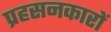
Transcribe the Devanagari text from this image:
प्रहसनकारों